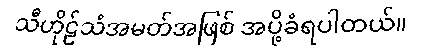
သီဟိုဠ်သံအမတ်အဖြစ် အပို့ခံရပါတယ်။